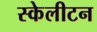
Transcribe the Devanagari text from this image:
स्केलीटन